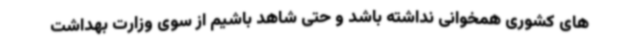
های کشوری همخوانی نداشته باشد و حتی شاهد باشیم از سوی وزارت بهداشت